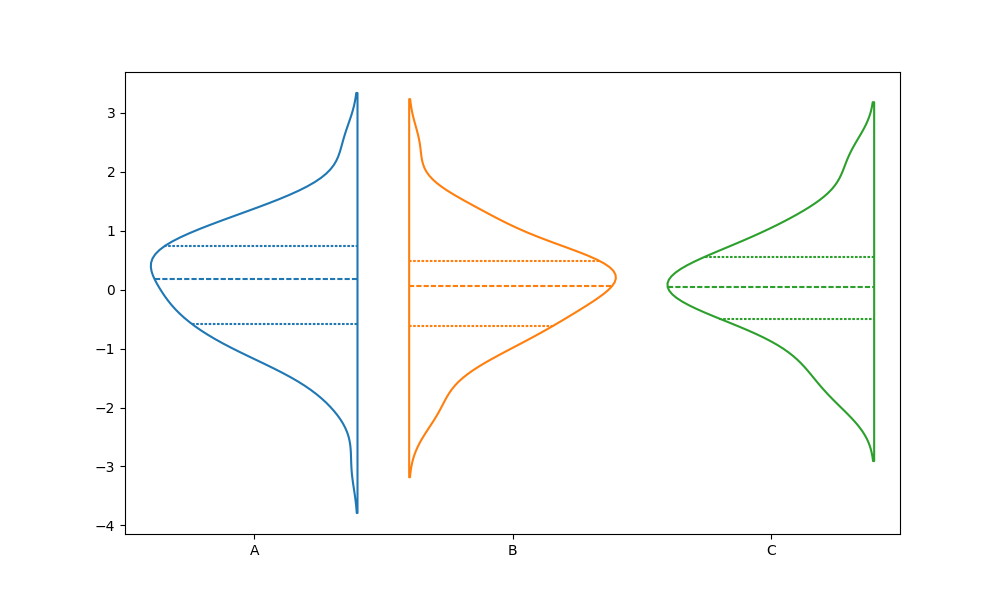
python, seaborn, violinplot, scale='area', split='True', inner='quart', fill='False'